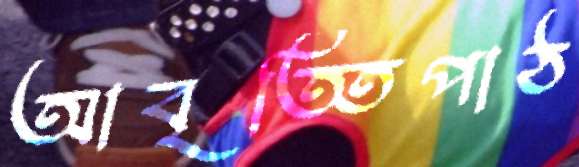
আবৃত্তিপাঠ